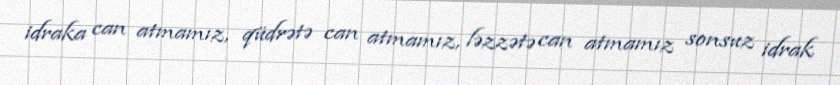
idraka can atmamız, qüdrətə can atmamız, ləzzətə can atmamız sonsuz idrak